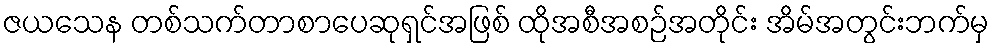
ဇယသေန တစ်သက်တာစာပေဆုရှင်အဖြစ် ထိုအစီအစဉ်အတိုင်း အိမ်အတွင်းဘက်မှ